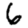
Digit: 6